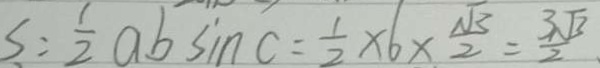
S = \frac { 1 } { 2 } a b \sin C = \frac { 1 } { 2 } \times 6 \times \frac { \sqrt { 3 } } { 2 } = \frac { 3 \sqrt { 3 } } { 2 }